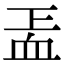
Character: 𧖬